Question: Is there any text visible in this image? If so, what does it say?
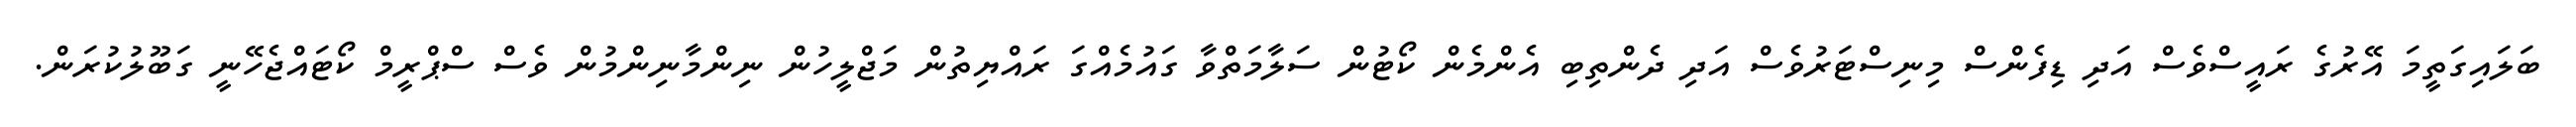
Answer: ބަލައިގަތީމަ އޭރުގެ ރައީސްވެސް އަދި ޑިފެންސް މިނިސްޓަރުވެސް އަދި ދެންތިބި އެންމެން ކޯޓުން ސަލާމަތްވާ ގައުމެއްގަ ރައްޔިތުން މަޖްލީހުން ނިންމާނިންމުން ވެސް ސްޕްރީމް ކޯޓައްޖެހޭނީ ގަބޫލުކުރަން.